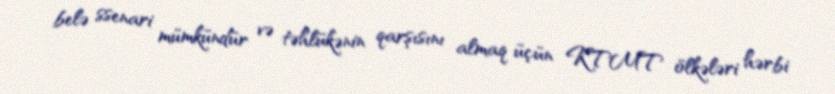
belə ssenari mümkündür və təhlükənin qarşısını almaq üçün KTMT ölkələri hərbi